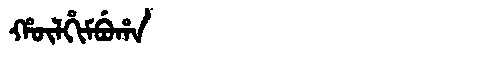
Manchu: ᡥᡡᠯᡥᡳᠮᠪᡠᡥᠠ
Romanization: HŪLHIMBUHA